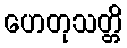
ဟေတုသတ္တိ